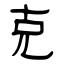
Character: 克